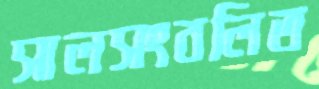
সালসংবলিত